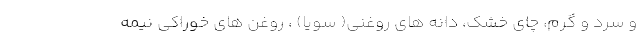
و سرد و گرم، چای خشک، دانه های روغنی( سویا) ، روغن های خوراکی نیمه